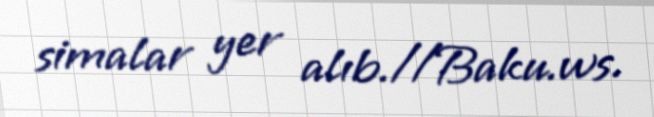
simalar yer alıb.//Baku.ws.